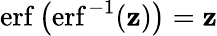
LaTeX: \operatorname{erf}\left(\operatorname{erf}^{-1}(\mathbf{z})\right)=\mathbf{z}